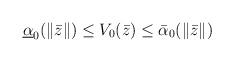
LaTeX: \begin{align*}\underline{\alpha}_{0}(\|\bar{z} \|)\leq V_{0}(\bar{z} )\leq\bar{\alpha}_{0}(\|\bar{z} \|)\end{align*}